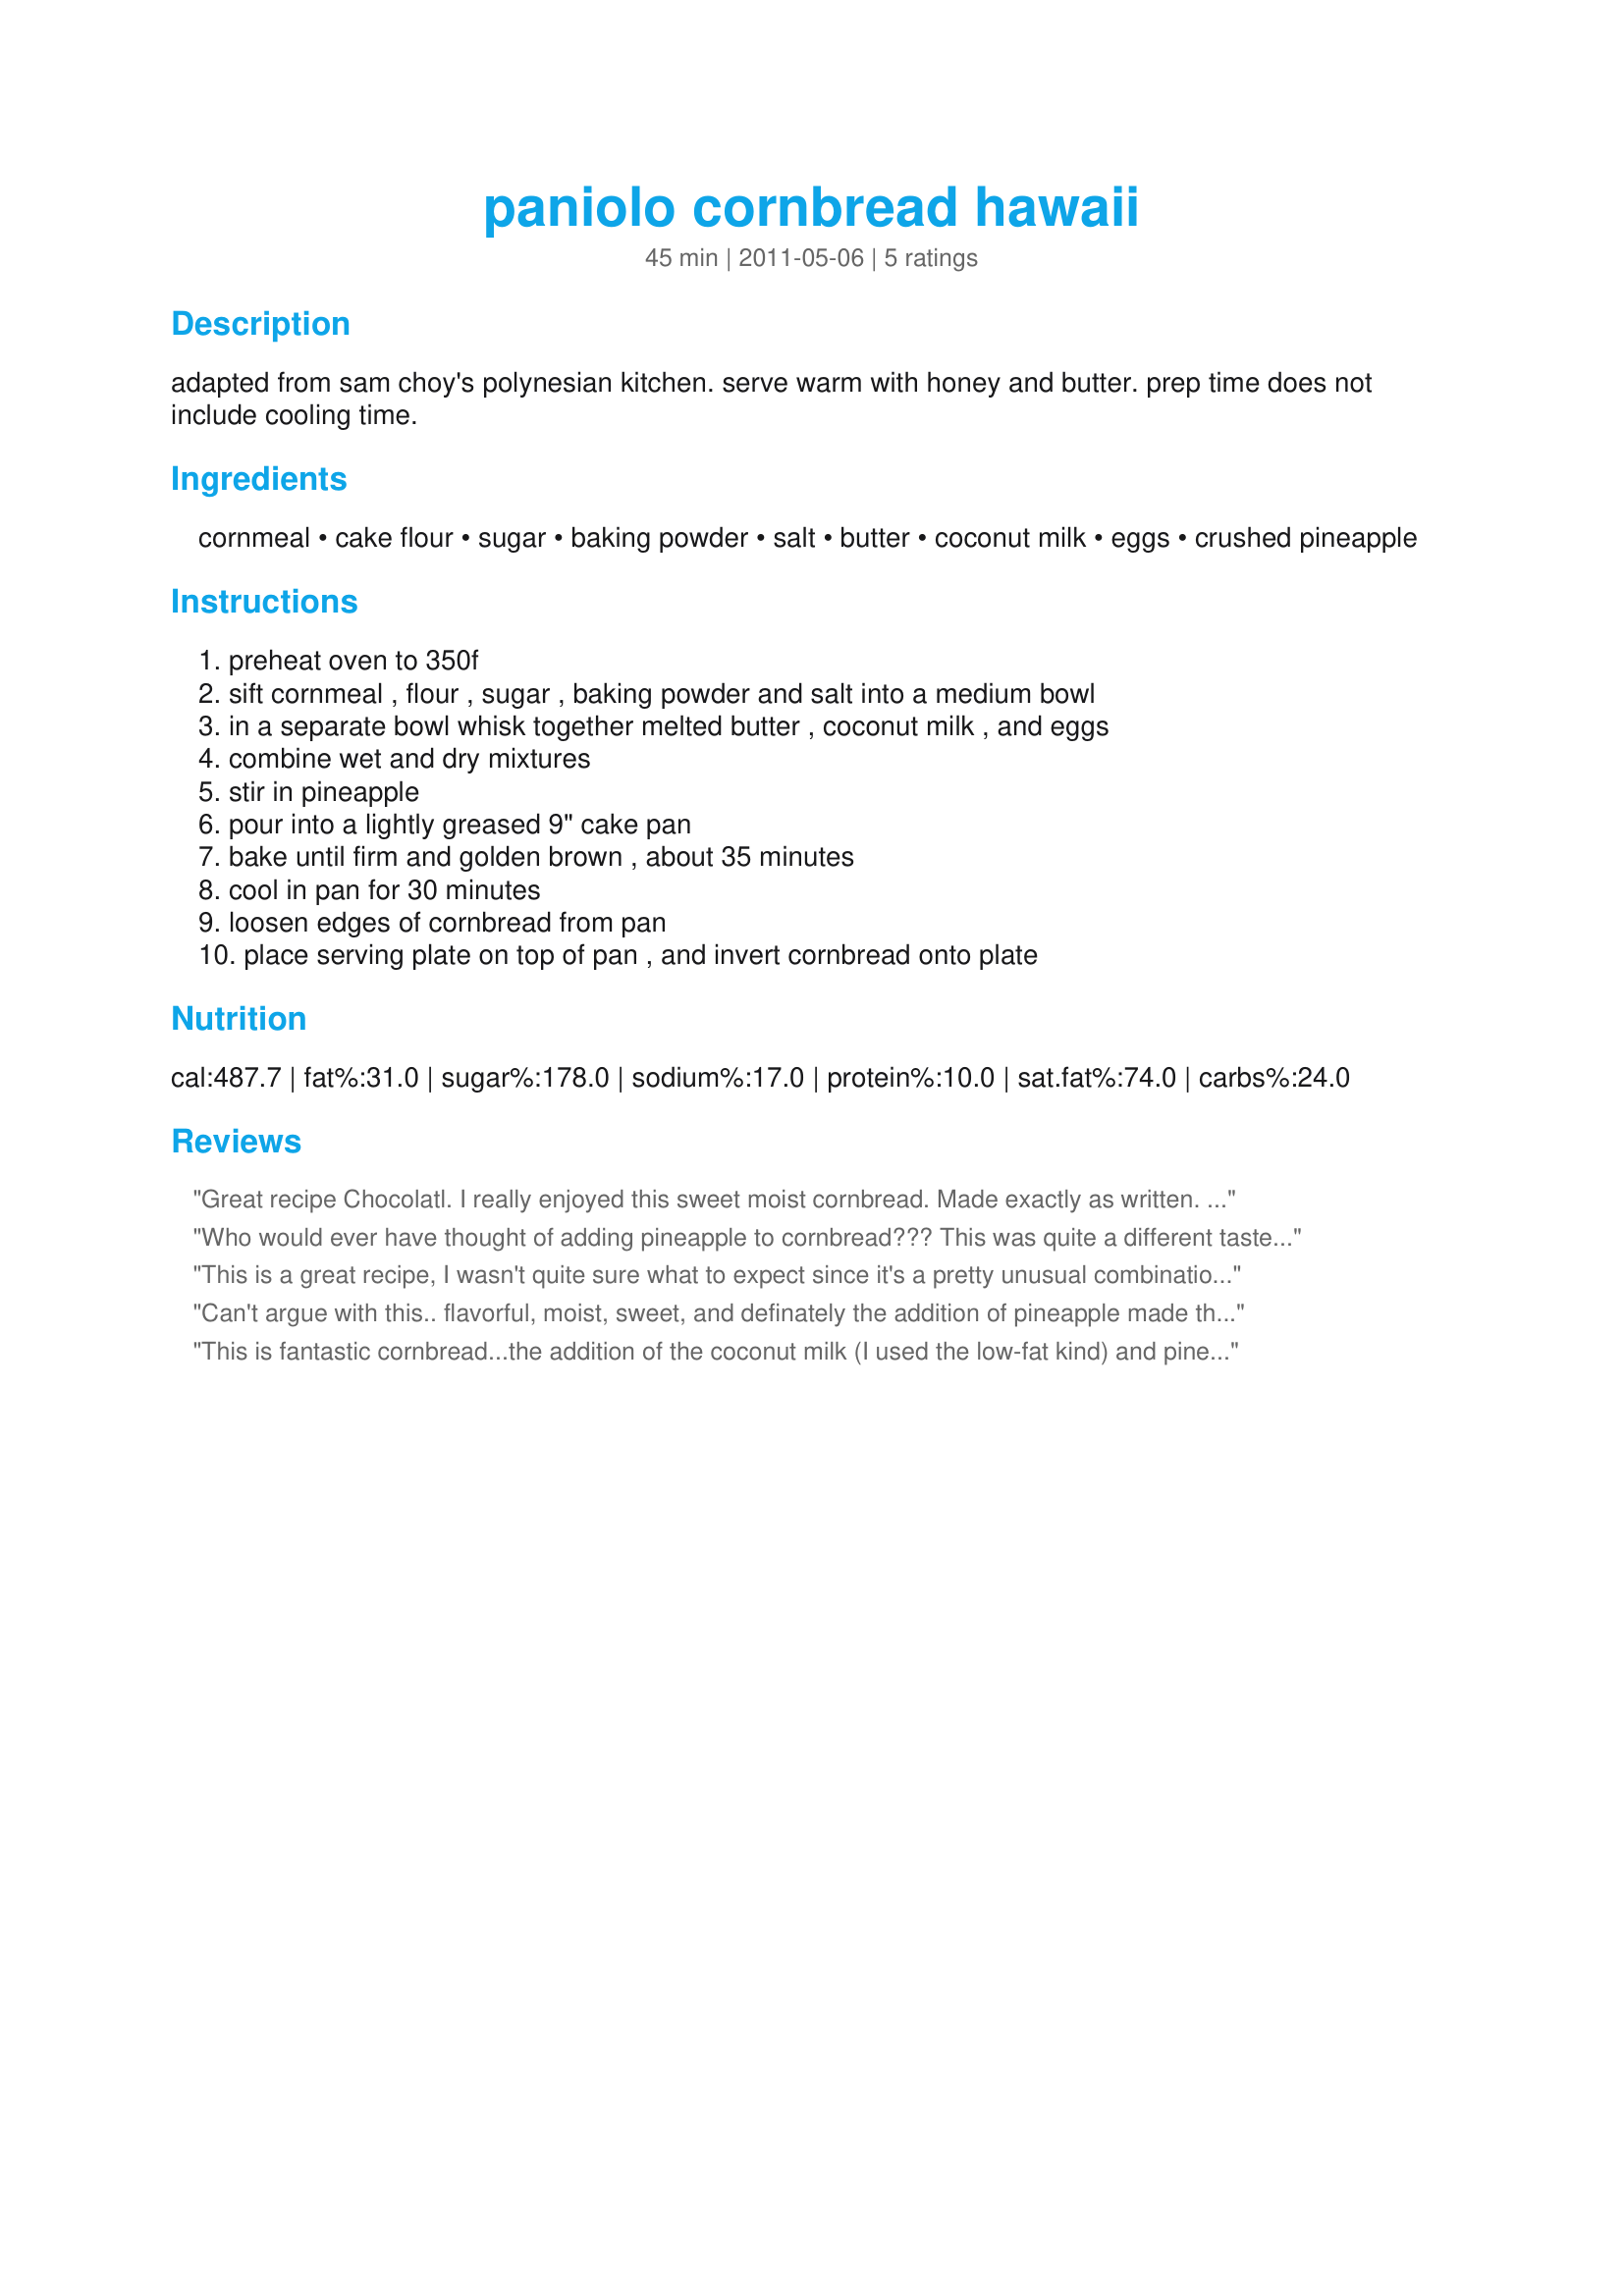
paniolo cornbread hawaii
Preparation time: 45 minutes

adapted from sam choy's polynesian kitchen. serve warm with honey and butter. prep time does not include cooling time.

Ingredients:
cornmeal, cake flour, sugar, baking powder, salt, butter, coconut milk, eggs, crushed pineapple

Steps:
preheat oven to 350f, sift cornmeal , flour , sugar , baking powder and salt into a medium bowl, in a separate bowl whisk together melted butter , coconut milk , and eggs, combine wet and dry mixtures, stir in pineapple, pour into a lightly greased 9" cake pan, bake until firm and golden brown , about 35 minutes, cool in pan for 30 minutes, loosen edges of cornbread from pan, place serving plate on top of pan , and invert cornbread onto plate

Reviews:
Great recipe Chocolatl. I really enjoyed this sweet moist cornbread. Made exactly as written. It was a quick and easy to make recipe. I loved the subtle flavors of the cornmeal, coconut and pineapple in this treat. Perfect served warm,with honey and butter as recommended. Thanks for sharing a recipe that I will enjoy often. Made for Zwt7 for Witchin Kitchen.
Who would ever have thought of adding pineapple to cornbread??? This was quite a different taste for us, but we really enjoyed it. Made for ZWT 7.
This is a great recipe, I wasn't quite sure what to expect since it's a pretty unusual combination. It is "cakey", but more like a coffee cake or banana bread than the sort you would ice. I was able to make it gluten free and vegan with a few subs (oil instead of butter, Ener-g egg replacer and Bob's Red Mill gluten free flour blend with some guar gum). I also made it in a bundt pan and it looks great! Made during ZWT7.
Can't argue with this.. flavorful, moist, sweet, and definately the addition of pineapple made this one FANTASTIC side dish for dinner tonight. Made with Hawaiian chicken tonight. Great Great recipe. Made for PRMR tag.
This is fantastic cornbread...the addition of the coconut milk (I used the low-fat kind) and pineapple combine to make a very moist and sweet bread. I did increase the amount of cornmeal to 2/3 cup because the batter seemed a little thin, but otherwise made as directed. Excellent! Made for ZWT #7.
